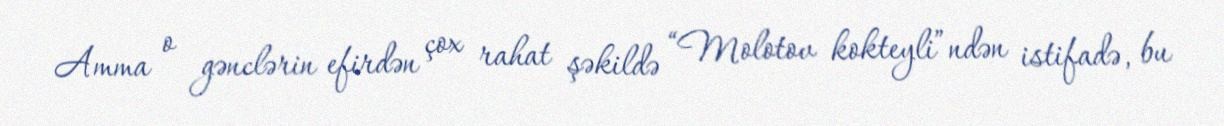
Amma o gənclərin efirdən çox rahat şəkildə “Molotov kokteyli”ndən istifadə, bu